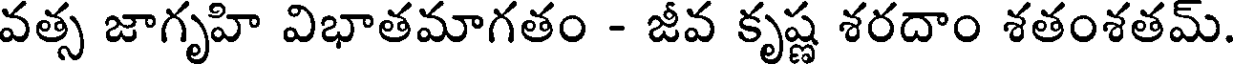
వత్స జాగృహి విభాతమాగతం - జీవ కృష్ణ శరదాం శతంశతమ్